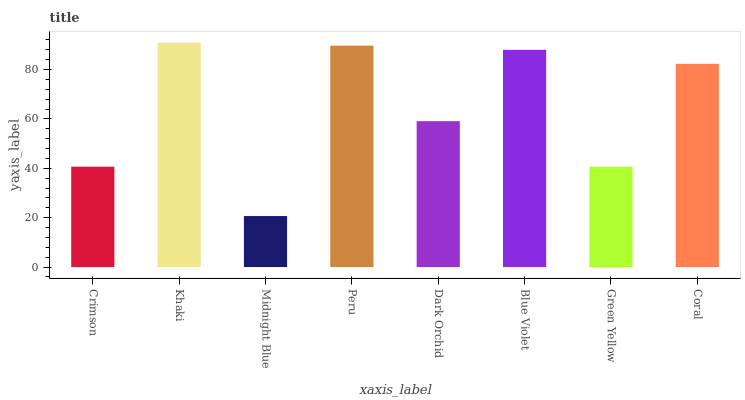
| xaxis_label | bars |
 | --- | --- |
 | Crimson | 40.7 |
 | Khaki | 90.9 |
 | Midnight Blue | 20.7 |
 | Peru | 89.7 |
 | Dark Orchid | 59.1 |
 | Blue Violet | 88 |
 | Green Yellow | 40.7 |
 | Coral | 82.3 |